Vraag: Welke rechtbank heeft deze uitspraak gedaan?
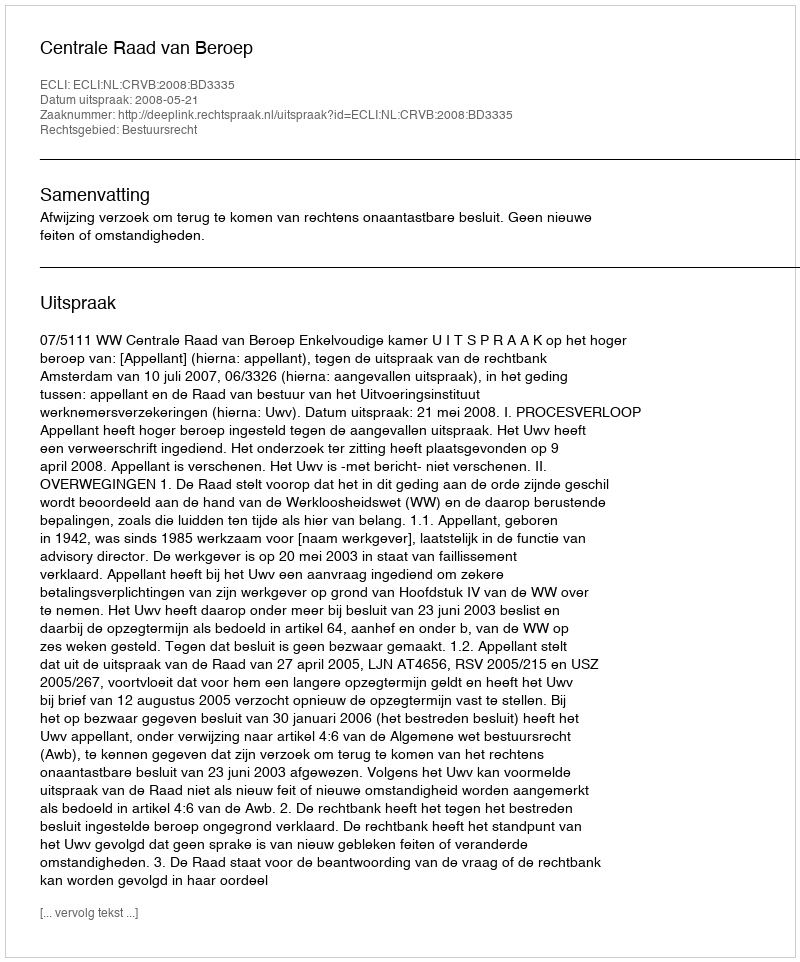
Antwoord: Centrale Raad van Beroep